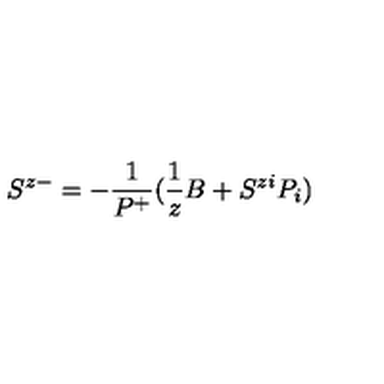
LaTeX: S ^ { z - } = - \frac { 1 } { P ^ { + } } ( \frac { 1 } { z } B + S ^ { z i } P _ { i } )